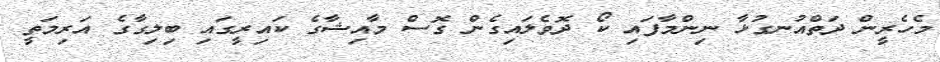
މެހެރީން ދަތްއުނގުޅާ ނިންމާފައި ކޯ ދޮވެލައިގެން ގޮސް މާއިޝާގެ ކައިރީގައި ބިލިގާގެ އަރިމަތީ